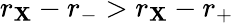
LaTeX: r_{\mathbf{X}}-r_{-}>r_{\mathbf{X}}-r_{+}